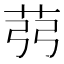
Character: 𦭲